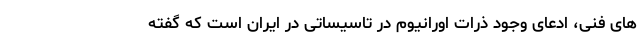
های فنی، ادعای وجود ذرات اورانیوم در تاسیساتی در ایران است که گفته